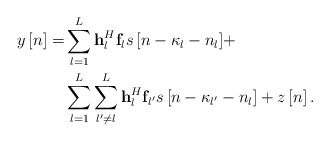
\begin{align*} \begin{aligned} y\left[ n \right] = & \sum\limits_{l = 1}^L {{\bf{h}}_l^H{{\bf{f}}_l}s\left[ {n - {\kappa _l} - {n_l}} \right]} + \\ &\sum\limits_{l = 1}^L {\sum\limits_{l' \ne l}^L {{\bf{h}}_l^H{{\bf{f}}_{l'}}s\left[ {n - {\kappa _{l'}} - {n_l}} \right]} } + z\left[ n \right]. \end{aligned} \end{align*}